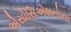
એસોસિએશનોના